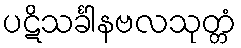
ပဋိသင်္ခါနဗလသုတ္တံ